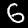
Label: 6